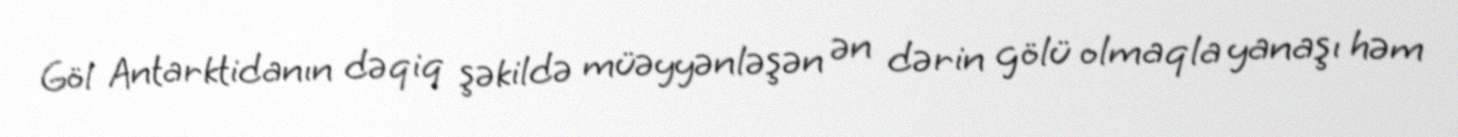
Göl Antarktidanın dəqiq şəkildə müəyyənləşən ən dərin gölü olmaqla yanaşı həm